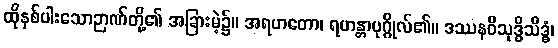
ထိုနှစ်ပါးသောဉာဏ်တို့၏ အခြားမဲ့၌။ အရဟတော၊ ရဟန္တာပုဂ္ဂိုလ်၏။ ဒဿနဝိသုဒ္ဓိသိဒ္ဓံ၊